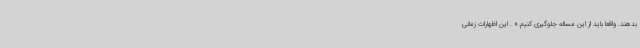
بدهند. واقعا باید از این مساله جلوگیری کنیم.» . این اظهارات زمانی